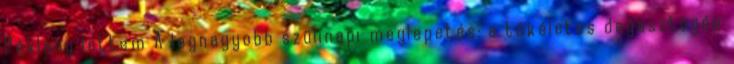
Péklány lettem A legnagyobb szülinapi meglepetés: a tökéletes dagasztógép